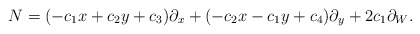
\begin{align*}N=(-c_1x+c_2y+c_3)\partial_x+(-c_2x-c_1y+c_4)\partial_y+2c_1\partial_W.\end{align*}